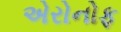
એરોનોફ